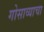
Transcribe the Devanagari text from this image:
गोसाव्याचा